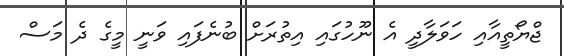
ޖްޔޯތީއާއި ހަވަލާދީ އެ ނޫހުގައި އިތުރަށް ބުނެފައި ވަނީ މީގެ ދެ މަސް